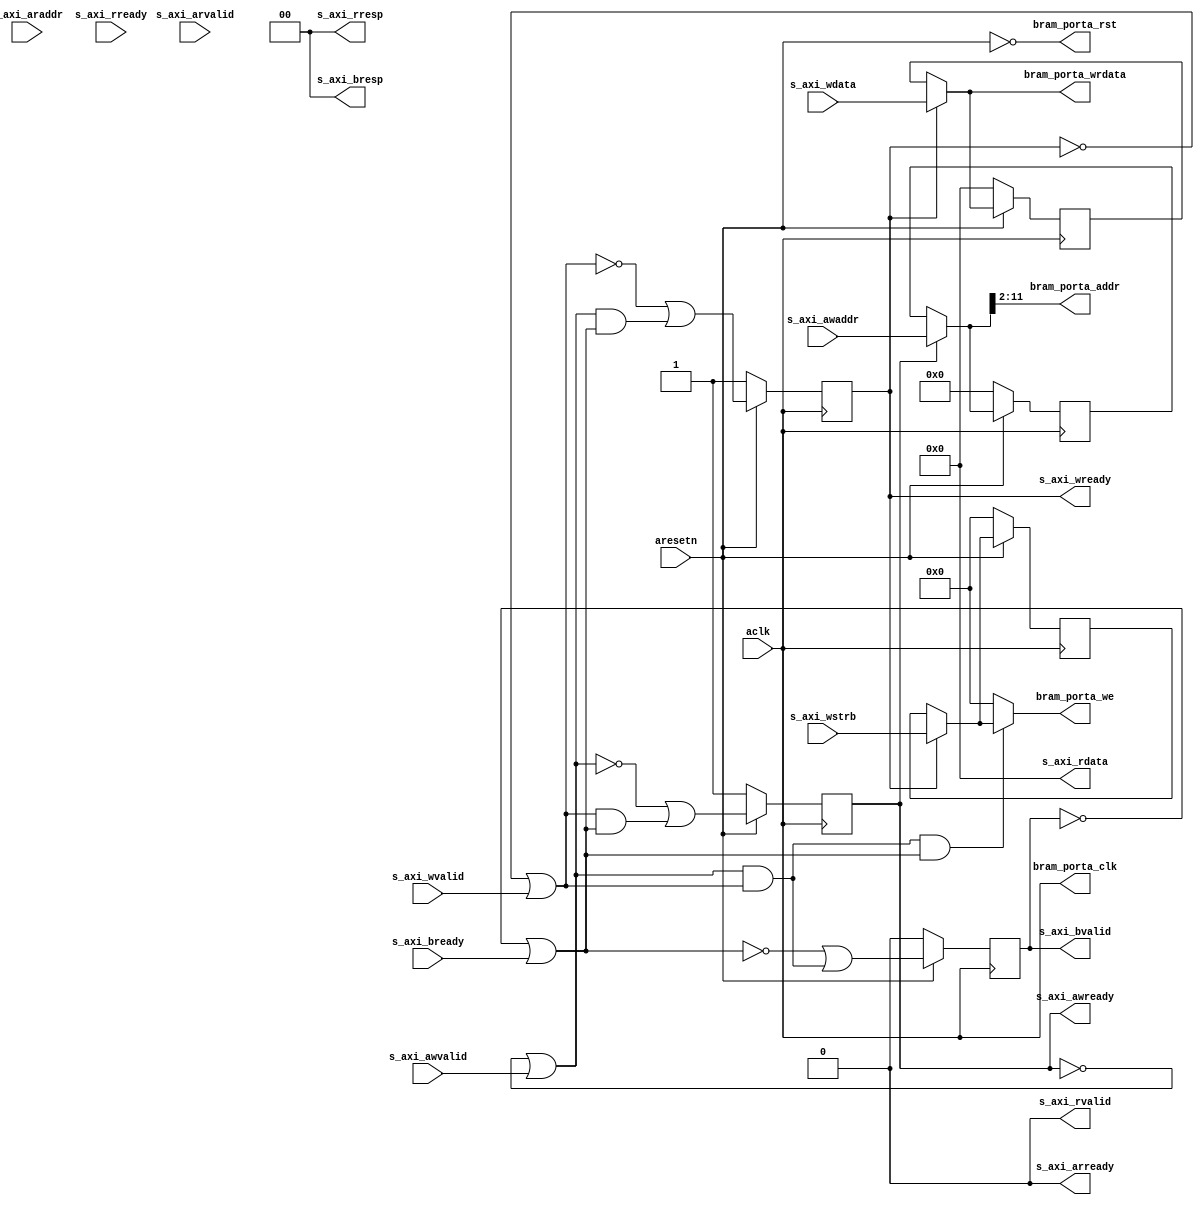
module axi_bram_writer #
(
  parameter integer AXI_DATA_WIDTH = 32,
  parameter integer AXI_ADDR_WIDTH = 16,
  parameter integer BRAM_DATA_WIDTH = 32,
  parameter integer BRAM_ADDR_WIDTH = 10
)
(
  // System signals
  input  wire                         aclk,
  input  wire                         aresetn,

  // Slave side
  input  wire [AXI_ADDR_WIDTH-1:0]    s_axi_awaddr,  // AXI4-Lite slave: Write address
  input  wire                         s_axi_awvalid, // AXI4-Lite slave: Write address valid
  output wire                         s_axi_awready, // AXI4-Lite slave: Write address ready
  input  wire [AXI_DATA_WIDTH-1:0]    s_axi_wdata,   // AXI4-Lite slave: Write data
  input  wire [AXI_DATA_WIDTH/8-1:0]  s_axi_wstrb,   // AXI4-Lite slave: Write strobe
  input  wire                         s_axi_wvalid,  // AXI4-Lite slave: Write data valid
  output wire                         s_axi_wready,  // AXI4-Lite slave: Write data ready
  output wire [1:0]                   s_axi_bresp,   // AXI4-Lite slave: Write response
  output wire                         s_axi_bvalid,  // AXI4-Lite slave: Write response valid
  input  wire                         s_axi_bready,  // AXI4-Lite slave: Write response ready
  input  wire [AXI_ADDR_WIDTH-1:0]    s_axi_araddr,  // AXI4-Lite slave: Read address
  input  wire                         s_axi_arvalid, // AXI4-Lite slave: Read address valid
  output wire                         s_axi_arready, // AXI4-Lite slave: Read address ready
  output wire [AXI_DATA_WIDTH-1:0]    s_axi_rdata,   // AXI4-Lite slave: Read data
  output wire [1:0]                   s_axi_rresp,   // AXI4-Lite slave: Read data response
  output wire                         s_axi_rvalid,  // AXI4-Lite slave: Read data valid
  input  wire                         s_axi_rready,  // AXI4-Lite slave: Read data ready

  // BRAM port
  output wire                         bram_porta_clk,
  output wire                         bram_porta_rst,
  output wire [BRAM_ADDR_WIDTH-1:0]   bram_porta_addr,
  output wire [BRAM_DATA_WIDTH-1:0]   bram_porta_wrdata,
  output wire [BRAM_DATA_WIDTH/8-1:0] bram_porta_we
);

  function integer clogb2 (input integer value);
    for(clogb2 = 0; value > 0; clogb2 = clogb2 + 1) value = value >> 1;
  endfunction

  localparam integer ADDR_LSB = clogb2(AXI_DATA_WIDTH/8 - 1);

  reg [AXI_ADDR_WIDTH-1:0] int_awaddr_reg, int_awaddr_next;
  reg int_awready_reg, int_awready_next;
  reg [AXI_DATA_WIDTH-1:0] int_wdata_reg, int_wdata_next;
  reg [AXI_DATA_WIDTH/8-1:0] int_wstrb_reg, int_wstrb_next;
  reg int_wready_reg, int_wready_next;
  reg int_bvalid_reg, int_bvalid_next;

  wire int_awdone_wire, int_wdone_wire, int_bdone_wire;
  wire [AXI_ADDR_WIDTH-1:0] int_awaddr_wire;
  wire [AXI_DATA_WIDTH-1:0] int_wdata_wire;
  wire [AXI_DATA_WIDTH/8-1:0] int_wstrb_wire;

  always @(posedge aclk)
  begin
    if(~aresetn)
    begin
      int_awaddr_reg <= {(AXI_ADDR_WIDTH){1'b0}};
      int_awready_reg <= 1'b1;
      int_wdata_reg <= {(AXI_DATA_WIDTH){1'b0}};
      int_wstrb_reg <= {(AXI_DATA_WIDTH/8){1'b0}};
      int_wready_reg <= 1'b1;
      int_bvalid_reg <= 1'b0;
    end
    else
    begin
      int_awaddr_reg <= int_awaddr_next;
      int_awready_reg <= int_awready_next;
      int_wdata_reg <= int_wdata_next;
      int_wstrb_reg <= int_wstrb_next;
      int_wready_reg <= int_wready_next;
      int_bvalid_reg <= int_bvalid_next;
    end
  end

  assign int_awdone_wire = ~int_awready_reg | s_axi_awvalid;
  assign int_wdone_wire = ~int_wready_reg | s_axi_wvalid;
  assign int_bdone_wire = ~int_bvalid_reg | s_axi_bready;

  assign int_awaddr_wire = int_awready_reg ? s_axi_awaddr : int_awaddr_reg;
  assign int_wdata_wire = int_wready_reg ? s_axi_wdata : int_wdata_reg;
  assign int_wstrb_wire = int_wready_reg ? s_axi_wstrb : int_wstrb_reg;

  always @*
  begin
    int_awaddr_next = int_awaddr_reg;
    int_awready_next = ~int_awdone_wire | (int_wdone_wire & int_bdone_wire);
    int_wdata_next = int_wdata_reg;
    int_wstrb_next = int_wstrb_reg;
    int_wready_next = ~int_wdone_wire | (int_awdone_wire & int_bdone_wire);
    int_bvalid_next = ~int_bdone_wire | (int_awdone_wire & int_wdone_wire);

    if(int_awready_reg)
    begin
      int_awaddr_next = s_axi_awaddr;
    end

    if(int_wready_reg)
    begin
      int_wdata_next = s_axi_wdata;
      int_wstrb_next = s_axi_wstrb;
    end
  end

  assign s_axi_awready = int_awready_reg;
  assign s_axi_wready = int_wready_reg;
  assign s_axi_bresp = 2'd0;
  assign s_axi_bvalid = int_bvalid_reg;
  assign s_axi_arready = 1'b0;
  assign s_axi_rdata = {(AXI_DATA_WIDTH){1'b0}};
  assign s_axi_rresp = 2'd0;
  assign s_axi_rvalid = 1'b0;

  assign bram_porta_clk = aclk;
  assign bram_porta_rst = ~aresetn;
  assign bram_porta_addr = int_awaddr_wire[ADDR_LSB+BRAM_ADDR_WIDTH-1:ADDR_LSB];
  assign bram_porta_wrdata = int_wdata_wire;
  assign bram_porta_we = int_awdone_wire & int_wdone_wire & int_bdone_wire ? int_wstrb_wire : {(BRAM_DATA_WIDTH/8){1'b0}};

endmodule